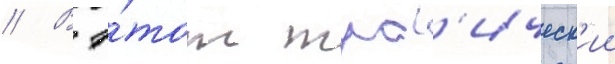
// В э́тот траг'ическ'ии